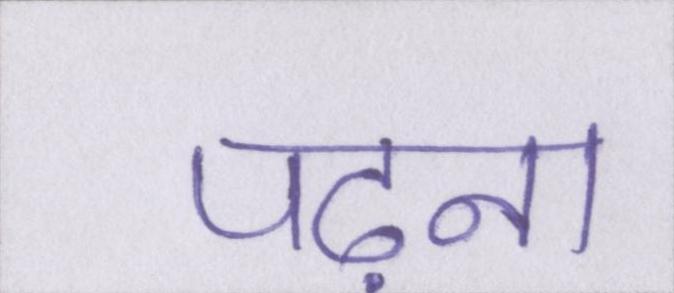
पढ़ना